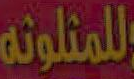
للمثلوثه